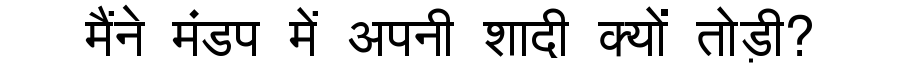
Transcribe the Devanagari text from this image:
मैंने मंडप में अपनी शादी क्यों तोड़ी?